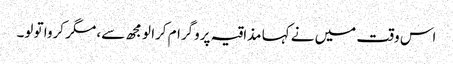
اس وقت میں نے کہا مذاقیہ پروگرام کرا لو مجھ سے، مگر کروا تو لو۔